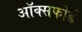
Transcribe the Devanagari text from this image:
अॉक्सफोर्ड